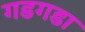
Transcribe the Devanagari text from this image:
गडगडा